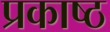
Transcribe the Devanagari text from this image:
प्रकाष्ठ